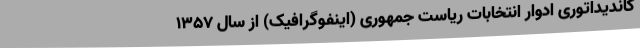
کاندیداتوری ادوار انتخابات ریاست جمهوری (اینفوگرافیک) از سال ۱۳۵۷